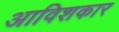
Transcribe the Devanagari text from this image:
अाविशकार